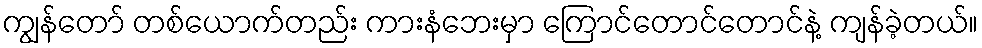
ကျွန်တော် တစ်ယောက်တည်း ကားနံဘေးမှာ ကြောင်တောင်တောင်နဲ့ ကျန်ခဲ့တယ်။